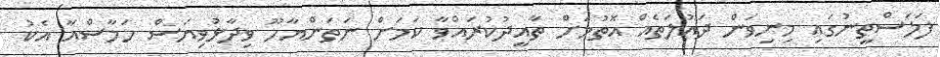
ފަލަސްތީނުގައި މިނިވަން ދައުލަތެއް އޮތުމަށް ތާއީދުކުރައްވާ ކަމަށް ނަތަންޔާހޫ ވިދާޅުވިޔަސް ހަމާސްއާ އެކު